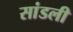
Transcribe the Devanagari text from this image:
सांडली